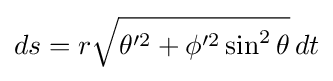
ds=r{\sqrt {\theta '^{2}+\phi '^{2}\sin ^{2}\theta }}\,dt